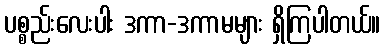
ပစ္စည်းလေးပါး ဒကာ-ဒကာမများ ရှိကြပါတယ်။